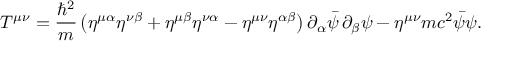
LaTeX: T ^ { \mu \nu } = { \frac { \hbar ^ { 2 } } { m } } \left( \eta ^ { \mu \alpha } \eta ^ { \nu \beta } + \eta ^ { \mu \beta } \eta ^ { \nu \alpha } - \eta ^ { \mu \nu } \eta ^ { \alpha \beta } \right) \partial _ { \alpha } { \bar { \psi } } \, \partial _ { \beta } \psi - \eta ^ { \mu \nu } m c ^ { 2 } { \bar { \psi } } \psi .